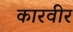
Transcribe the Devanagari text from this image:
कारवीर